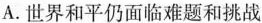
A.世界和平仍面临难题和挑战